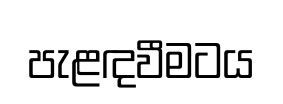
පැළඳවීමටය